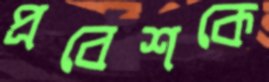
প্রবেশকে